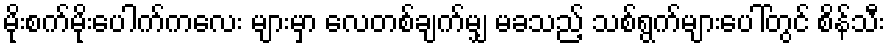
မိုးစက်မိုးပေါက်ကလေး များမှာ လေတစ်ချက်မျှ မခသည့် သစ်ရွက်များပေါ်တွင် စိန်သီး